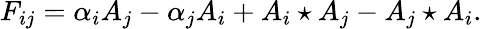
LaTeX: F_{ij}=\alpha_{i}A_{j}-\alpha_{j}A_{i}+A_{i}\star A_{j}-A_{j}\star A_{i}.